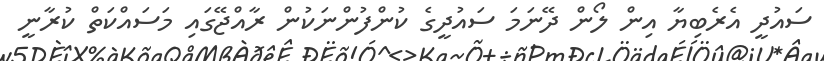
ސައުދީ އެރެބިޔާ އިން ލޯން ދޭނަމަ ސައުދީގެ ކުންފުންނަކުން ރާއްޖޭގައި މަސައްކަތް ކުރާނީ